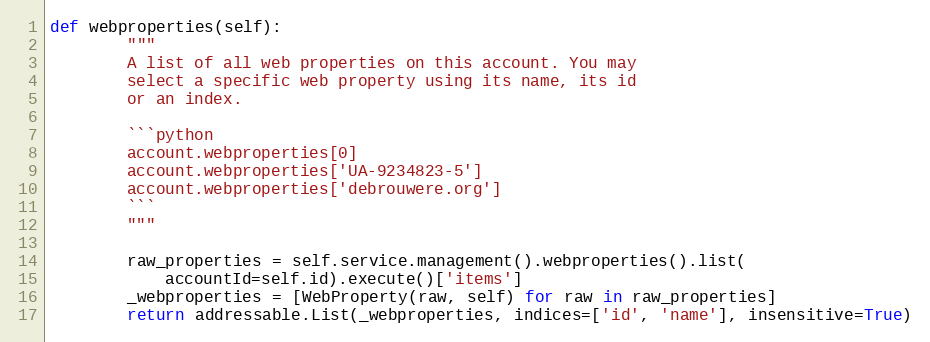
Language: Python
def webproperties(self):
        """
        A list of all web properties on this account. You may
        select a specific web property using its name, its id
        or an index.

        ```python
        account.webproperties[0]
        account.webproperties['UA-9234823-5']
        account.webproperties['debrouwere.org']
        ```
        """

        raw_properties = self.service.management().webproperties().list(
            accountId=self.id).execute()['items']
        _webproperties = [WebProperty(raw, self) for raw in raw_properties]
        return addressable.List(_webproperties, indices=['id', 'name'], insensitive=True)